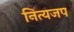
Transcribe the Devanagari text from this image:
नित्यजप